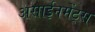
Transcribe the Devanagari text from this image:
असाईनमेंट्स